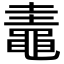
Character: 鼃